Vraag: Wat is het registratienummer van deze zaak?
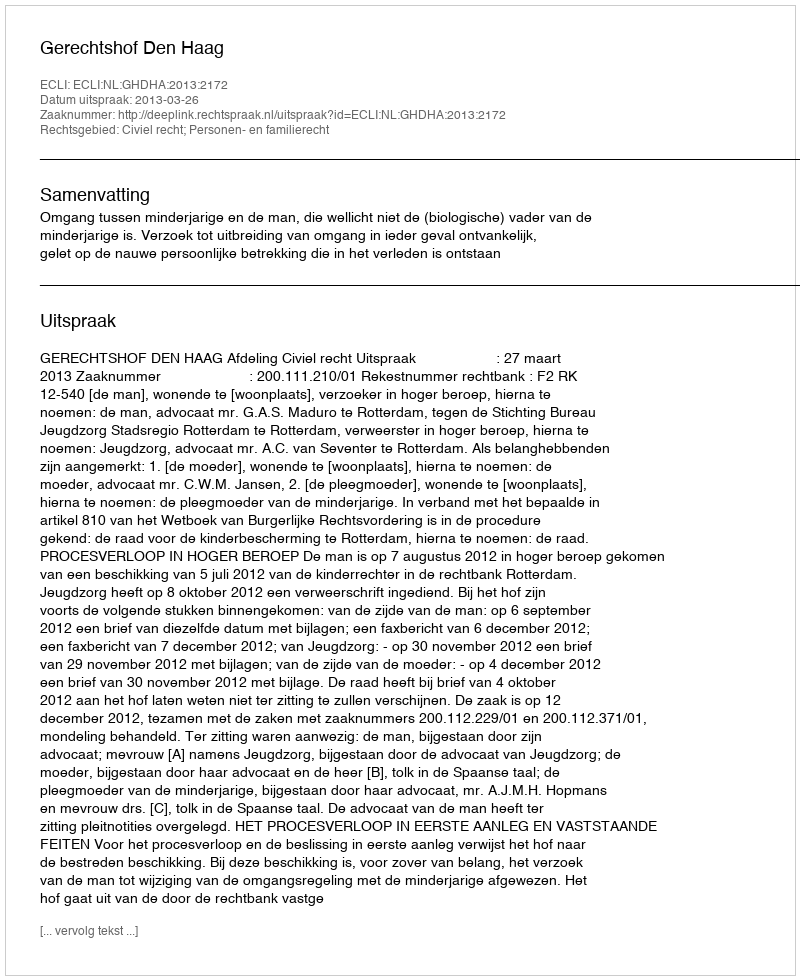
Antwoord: http://deeplink.rechtspraak.nl/uitspraak?id=ECLI:NL:GHDHA:2013:2172